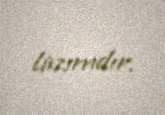
lazımdır.